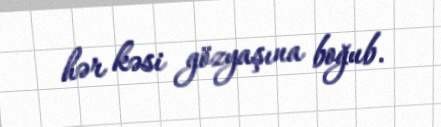
hər kəsi gözyaşına boğub.